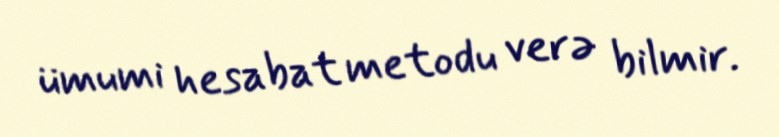
ümumi hesabat metodu verə bilmir.